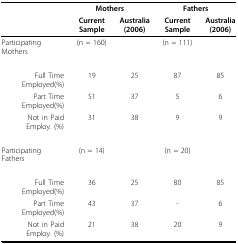
|  | <COLSPAN=2> Mothers | <COLSPAN=2> Fathers |
 |  | Current Sample | Australia(2006) | Current Sample | Australia(2006) |
 | --- | --- | --- | --- | --- |
 | Participating Mothers | (n = 160) |  | (n = 111) |  |
 | Full Time Employed(%) | 19 | 25 | 87 | 85 |
 | Part Time Employed(%) | 51 | 37 | 5 | 6 |
 | Not in Paid Employ. (%) | 31 | 38 | 9 | 9 |
 | Participating Fathers | (n = 14) |  | (n = 20) |  |
 | Full Time Employed(%) | 36 | 25 | 80 | 85 |
 | Part Time Employed(%) | 43 | 37 | - | 6 |
 | Not in Paid Employ. (%) | 21 | 38 | 20 | 9 |